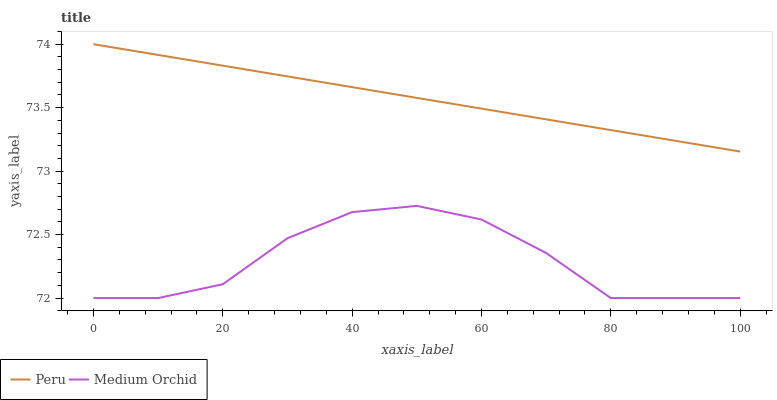
| xaxis_label | Peru | Medium Orchid |
 | --- | --- | --- |
 | 0 | 74 | 72 |
 | 10 | 73.9 | 72 |
 | 20 | 73.8 | 72.1 |
 | 30 | 73.7 | 72.5 |
 | 40 | 73.7 | 72.7 |
 | 50 | 73.6 | 72.7 |
 | 60 | 73.5 | 72.6 |
 | 70 | 73.4 | 72.4 |
 | 80 | 73.3 | 72 |
 | 90 | 73.2 | 72 |
 | 100 | 73.2 | 72 |